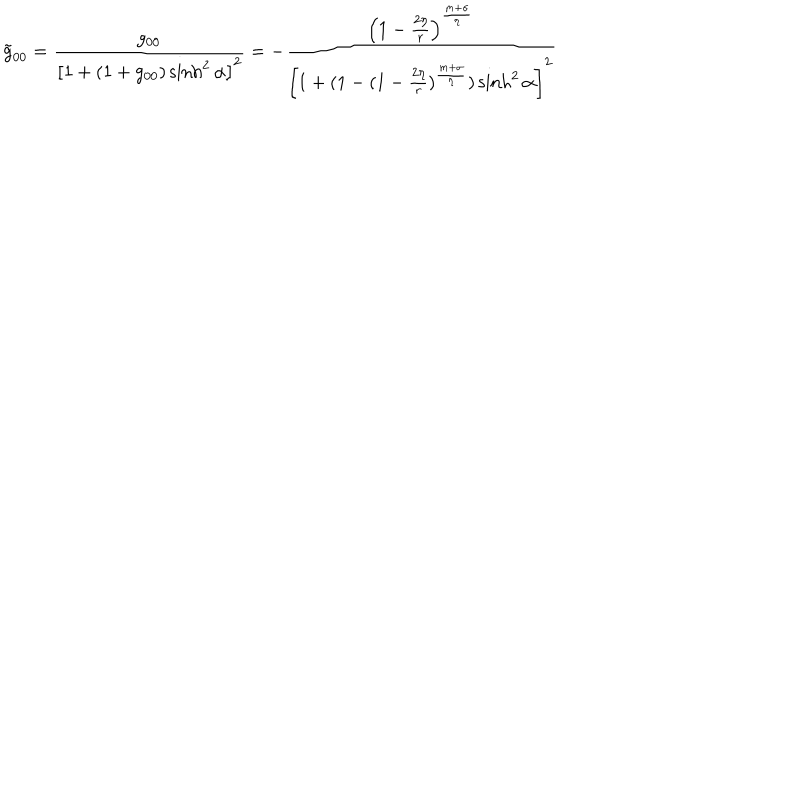
LaTeX: \tilde { g } _ { 0 0 } = \frac { g _ { 0 0 } } { \left[ 1 + ( 1 + g _ { 0 0 } ) \sinh ^ { 2 } \alpha \right] ^ { 2 } } = - \frac { \left( 1 - \frac { 2 \eta } { r } \right) ^ { \frac { m + \sigma } { \eta } } } { \left[ 1 + ( 1 - ( 1 - \frac { 2 \eta } { r } ) ^ { \frac { m + \sigma } { \eta } } ) \sinh ^ { 2 } \alpha \right] ^ { 2 } }